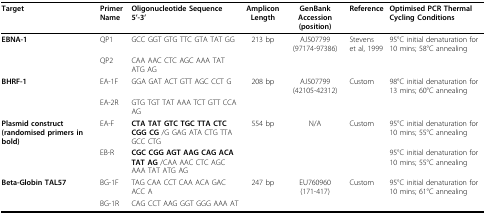
<table><thead><tr><td><b>Target</b></td><td><b>Primer Name</b></td><td><b>Oligonucleotide Sequence 5&#x27;-3&#x27;</b></td><td><b>Amplicon Length</b></td><td><b>GenBank Accession (position)</b></td><td><b>Reference</b></td><td><b>Optimised PCR Thermal Cycling Conditions</b></td></tr></thead><tbody><tr><td><b>EBNA-1</b></td><td>QP1</td><td>GCC GGT GTG TTC GTA TAT GG</td><td>213 bp</td><td>AJ507799(97174-97386)</td><td>Stevens et al, 1999</td><td>95°C initial denaturation for 10 mins; 58°C annealing</td></tr><tr><td></td><td>QP2</td><td>CAA AAC CTC AGC AAA TAT ATG AG</td><td></td><td></td><td></td><td></td></tr><tr><td><b>BHRF-1</b></td><td>EA-1F</td><td>GGA GAT ACT GTT AGC CCT G</td><td>208 bp</td><td>AJ507799(42105-42312)</td><td>Custom</td><td>98°C initial denaturation for 13 mins; 60°C annealing</td></tr><tr><td></td><td>EA-2R</td><td>GTG TGT TAT AAA TCT GTT CCA AG</td><td></td><td></td><td></td><td></td></tr><tr><td><b>Plasmid construct (randomised primers in bold)</b></td><td>EA-F</td><td><b>CTA TAT GTC TGC TTA CTC CGG CG </b>/G GAG ATA CTG TTA GCC CTG</td><td>554 bp</td><td>N/A</td><td>Custom</td><td>95°C initial denaturation for 10 mins; 55°C annealing</td></tr><tr><td></td><td>EB-R</td><td><b>CGC CGG AGT AAG CAG ACA TAT AG </b>/CAA AAC CTC AGC AAA TAT ATG AG</td><td></td><td></td><td></td><td>95°C initial denaturation for 10 mins; 55°C annealing</td></tr><tr><td><b>Beta-Globin TAL57</b></td><td>BG-1F</td><td>TAG CAA CCT CAA ACA GAC ACC A</td><td>247 bp</td><td>EU760960(171-417)</td><td>Custom</td><td>95°C initial denaturation for 10 mins; 61°C annealing</td></tr><tr><td></td><td>BG-1R</td><td>CAG CCT AAG GGT GGG AAA AT</td><td></td><td></td><td></td><td></td></tr></tbody></table>